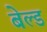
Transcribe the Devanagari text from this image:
बेल्ड